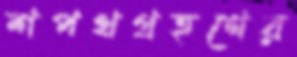
শপথগ্রহণের